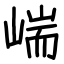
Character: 㟨